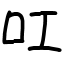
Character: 叿